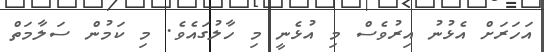
އަހަރަށް އެޅުނު އިރުވެސް މި އުޅެނީ މި ހާލުގައެވެ. މި ކަމުން ސަލާމަތް